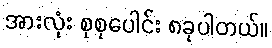
အားလုံး စုစုပေါင်း ၈ခုပါတယ်။